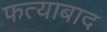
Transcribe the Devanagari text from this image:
फत्याबाद